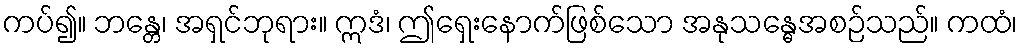
ကပ်၍။ ဘန္တေ၊ အရှင်ဘုရား။ ဣဒံ၊ ဤရှေးနောက်ဖြစ်သော အနုသန္ဓေအစဉ်သည်။ ကထံ၊